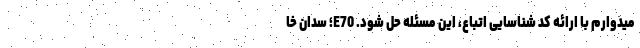
میدوارم با ارائه کد شناسایی اتباع، این مسئله حل شود. E70؛ سدان خا